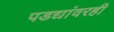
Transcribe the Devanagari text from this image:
पडद्यांवरही